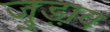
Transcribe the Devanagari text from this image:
जुड़ा़व